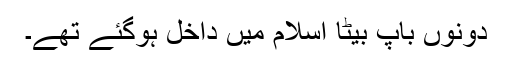
دونوں باپ بیٹا اسلام میں داخل ہوگئے تھے۔